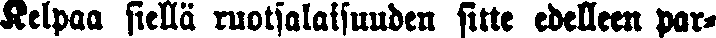
Kelpaa siellä ruotsalaisuuden sitte edelleen par-